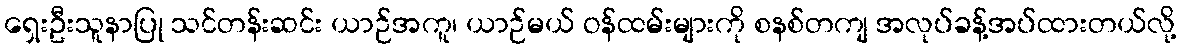
ရှေးဦးသူနာပြု သင်တန်းဆင်း ယာဉ်အကူ၊ ယာဉ်မယ် ဝန်ထမ်းများကို စနစ်တကျ အလုပ်ခန့်အပ်ထားတယ်လို့